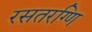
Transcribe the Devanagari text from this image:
रसतरग्णि